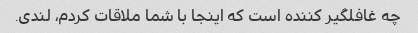
چه غافلگیر کننده است که اینجا با شما ملاقات کردم، لندی.